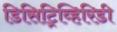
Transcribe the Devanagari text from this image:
डिसिट्रिव्हिरिडी